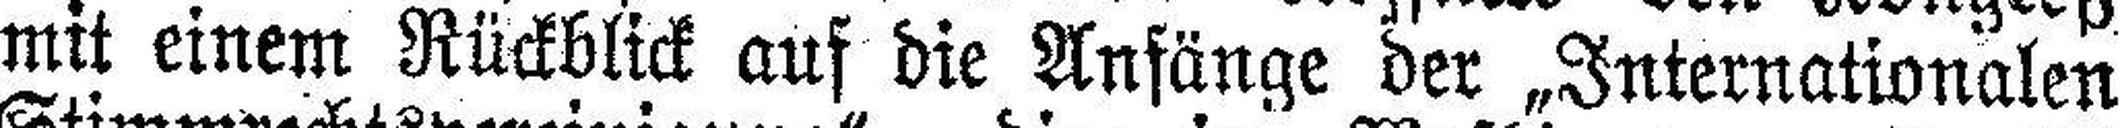
mit einem Rückblick auf die Anfänge der „Internationalen